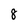
Character: 8